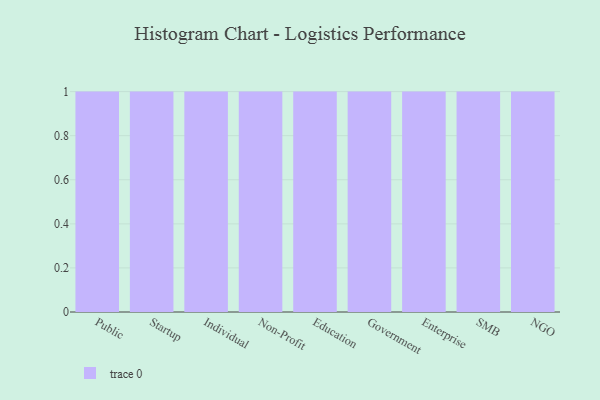
{"axis": {"x": "Segment", "y": "Website Visitors"}, "legend": [""], "data": [{"x": "Public", "y": 29, "type": ""}, {"x": "Startup", "y": 29, "type": ""}, {"x": "Individual", "y": 49, "type": ""}, {"x": "Non-Profit", "y": 41, "type": ""}, {"x": "Education", "y": 38, "type": ""}, {"x": "Government", "y": 49, "type": ""}, {"x": "Enterprise", "y": 70, "type": ""}, {"x": "SMB", "y": 25, "type": ""}, {"x": "NGO", "y": 76, "type": ""}]}